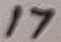
Text: 17